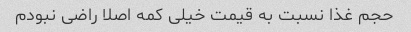
حجم غذا نسبت به قیمت خیلی کمه اصلا راضی نبودم